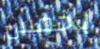
بخمس